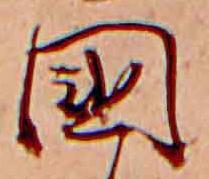
国